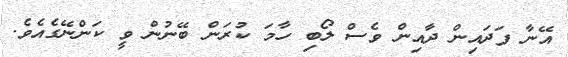
އޭނާ ފަދައިން ދާއިން ވެސް ލޯބި ހާމަ ކުރަން ބޭނުން ވީ ކަންނޭގެއެވެ.